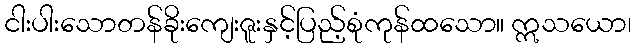
ငါးပါးသောတန်ခိုးကျေးဇူးနှင့်ပြည့်စုံကုန်ထသော။ ဣသယော၊